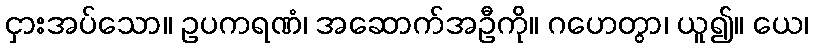
ငှားအပ်သော။ ဥပကရဏံ၊ အဆောက်အဦကို။ ဂဟေတွာ၊ ယူ၍။ ယေ၊